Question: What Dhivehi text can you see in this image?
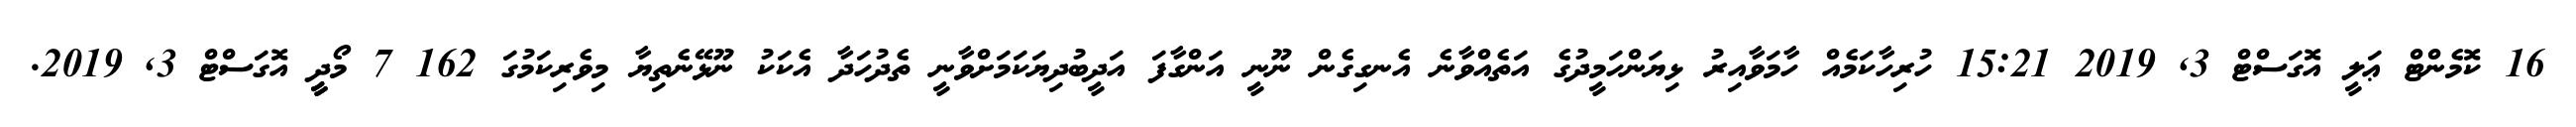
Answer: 16 ކޮމެންޓް ޢަލީ އޮގަސްޓް 3, 2019 15:21 ހުރިހާކަމެއް ހާމަވާއިރު ޅިޔަންހަމީދުގެ އަތެއްވާނެ އެނގިގެން ނޫނީ އަންގާފަ އަދީބުދިޔަކަމަށްވާނީ ތެދުހަދާ އެކަކު ނޫޅޭނެތިޔާ މިވެރިކަމުގަ 162 7 މޯދީީ އޮގަސްޓް 3, 2019.